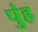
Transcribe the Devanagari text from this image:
पुंह